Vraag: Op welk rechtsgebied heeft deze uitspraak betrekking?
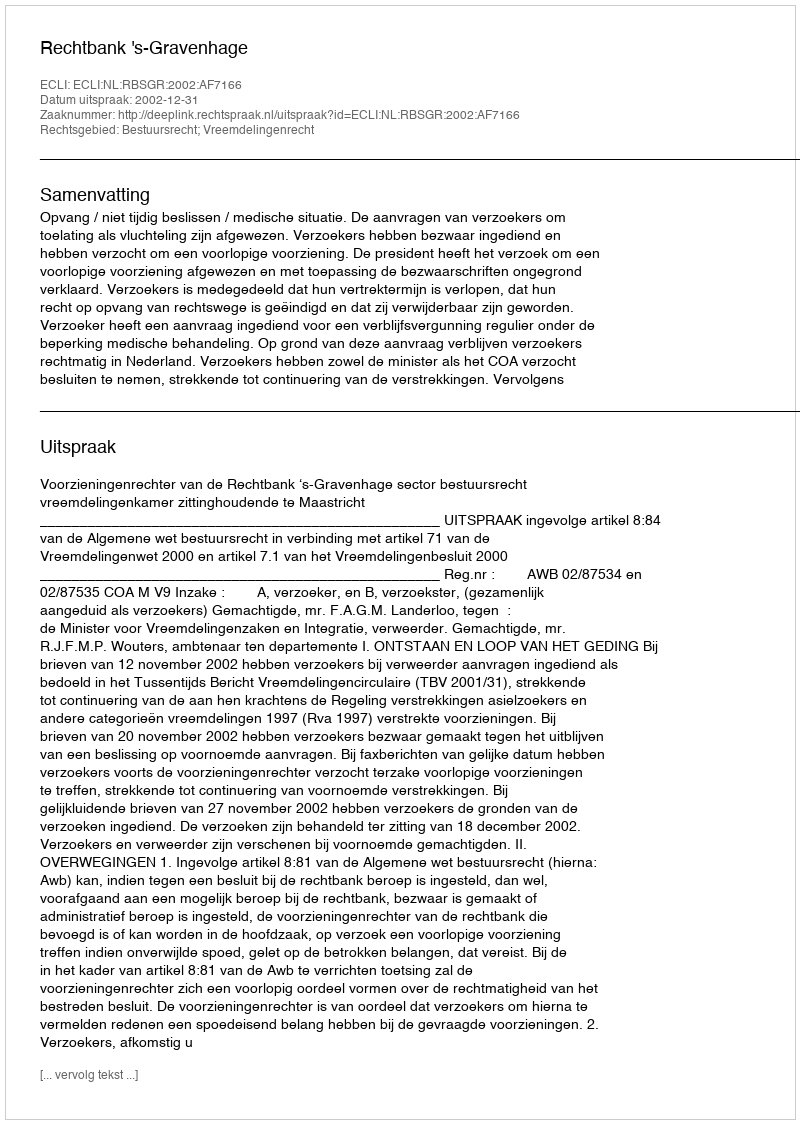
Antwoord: Bestuursrecht; Vreemdelingenrecht